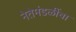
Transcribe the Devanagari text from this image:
नेतेमंडळींचा